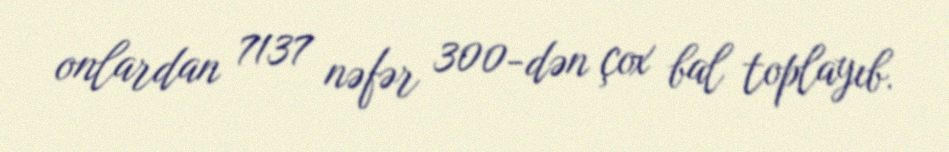
onlardan 7137 nəfər 300-dən çox bal toplayıb.